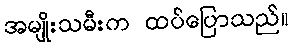
အမျိုးသမီးက ထပ်ပြောသည်။